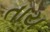
તાય